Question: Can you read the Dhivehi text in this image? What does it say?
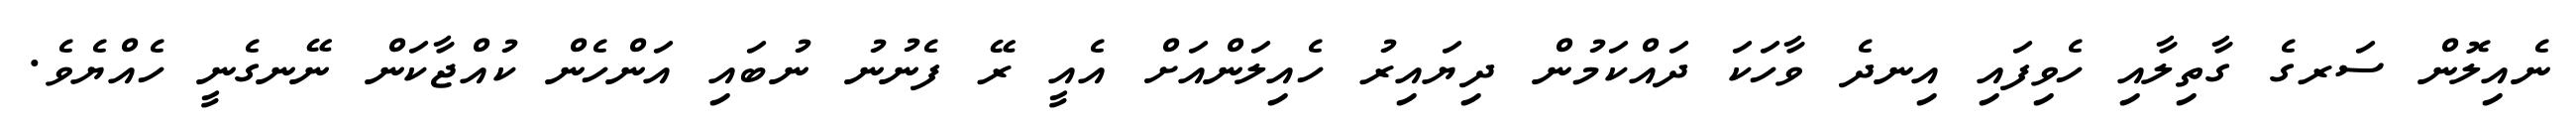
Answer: ނެއިލޮން ސަރގެ ގާތިލާއި ހެވިފައި އިނދެ ވާހަކަ ދައްކަމުން ދިޔައިރު ހެއިލަންއަށް އެއީ ރޭ ފެނުނު ނުބައި އަންހެން ކުއްޖާކަން ނޭނގެނީ ހެއްޔެވެ.